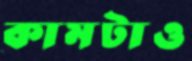
কামটাও